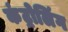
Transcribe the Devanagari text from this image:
कंट्रोलिंग